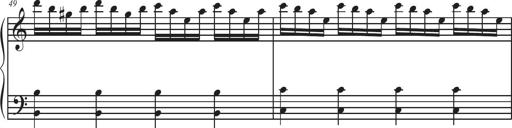
Title: Sonatina Espania
Composer: Jerald Franklin Archer
Key: Various